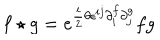
f \star g = e ^ { { \frac { i } { 2 } } \theta \epsilon ^ { i j } \partial _ { i } ^ { f } \partial _ { j } ^ { g } } f g